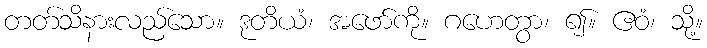
တတ်သိနားလည်သော။ ဒုတိယံ၊ အဖော်ကို။ ဂဟေတွာ၊ ၍။ ဧဝံ၊ သို့။